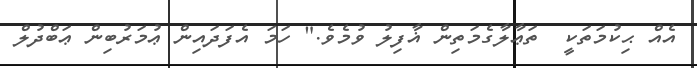
އެއް ޙިކުމަތަކީ  ތަޢާލާގެމަތިން ޣާފިލު ވުމެވެ." ހަމަ އެފަދައިން ޢުމަރުބިން ޢަބްދުލް